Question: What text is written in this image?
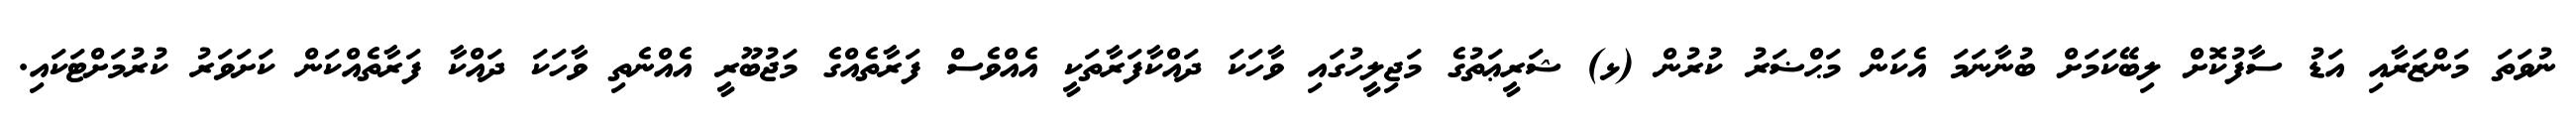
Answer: ނުވަތަ މަންޒަރާއި އަޑު ސާފުކޮށް ލިބޭކަމަށް ބުނާނަމަ އެކަން މަޙްޟަރު ކުރުން (ޅ) ޝަރީޢަތުގެ މަޖިލީހުގައި ވާހަކަ ދައްކާފަރާތަކީ އެއްވެސް ފަރާތެއްގެ މަޖުބޫރީ އެއްނެތި ވާހަކަ ދައްކާ ފަރާތެއްކަން ކަށަވަރު ކުރުމަށްޓަކައި.